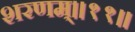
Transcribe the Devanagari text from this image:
शरणम्॥११॥